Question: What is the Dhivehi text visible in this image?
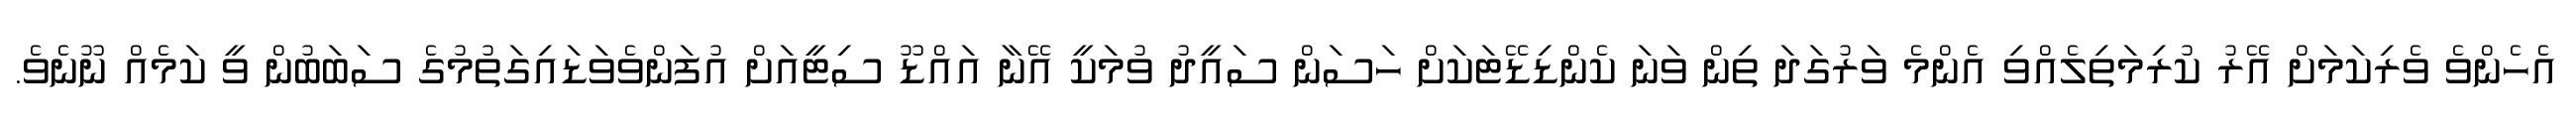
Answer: އެހެންވެ ވެރިކަމަށް އޭރު ކުރިމަތިލެއްވި އެންމެ ވަރުގަދަ ތިން ވަނަ ކެންޑިޑޭޓަކަށް ހަސަން ސައީދު ވުމަކީ އޭނާ އައްޑޫ ސިޓީއަށް އުފަންވެވަޑައިގަތުމުގެ ސަބަބުން ވީ ކަމެއް ނޫނެވެ.